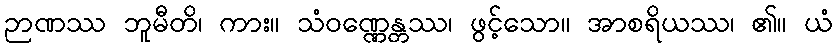
ဉာဏဿ ဘူမီတိ၊ ကား။ သံဝဏ္ဏေန္တဿ၊ ဖွင့်သော။ အာစရိယဿ၊ ၏။ ယံ